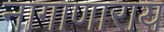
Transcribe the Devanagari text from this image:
नागाणाराय